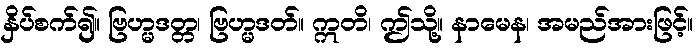
နှိပ်စက်၍။ ဗြဟ္မဒတ္တ၊ ဗြဟ္မဒတ်။ ဣတိ၊ ဤသို့။ နာမေန၊ အမည်အားဖြင့်။